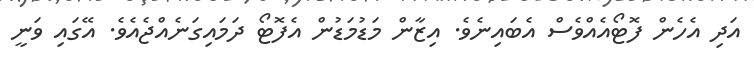
އަދި އެހެން ފޮޓޯއެއްވެސް އެބައިނެވެ. އިޒާން މަޑުމަޑުން އެފޮޓޯ ދަމައިގަނެއްޖެއެވެ. އޭގައި ވަނީ